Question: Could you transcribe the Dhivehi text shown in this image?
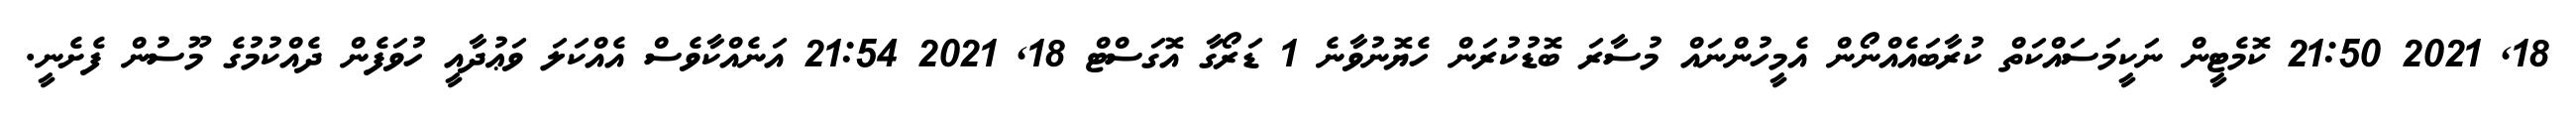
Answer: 18, 2021 21:50 ކޮމެޓީން ނަކީމަސައްކަތް ކުރާބައެއްނޯން އެމީހުންނައް މުސާރަ ބޮޑުކުރަން ހެޔޮނުވާނެ 1 ޑަރޯގާ އޮގަސްޓް 18, 2021 21:54 އަނެއްކާވެސް އެއްކަލަ ވަޢުދާއީ ހުވަފެން ދެއްކުމުގެ މޫސުން ފެށެނީ.